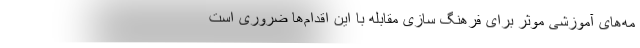
مه‌های آموزشی موثر برای فرهنگ سازی مقابله با این اقدام‌ها ضروری است